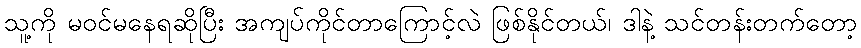
သူ့ကို မဝင်မနေရဆိုပြီး အကျပ်ကိုင်တာကြောင့်လဲ ဖြစ်နိုင်တယ်၊ ဒါနဲ့ သင်တန်းတက်တော့